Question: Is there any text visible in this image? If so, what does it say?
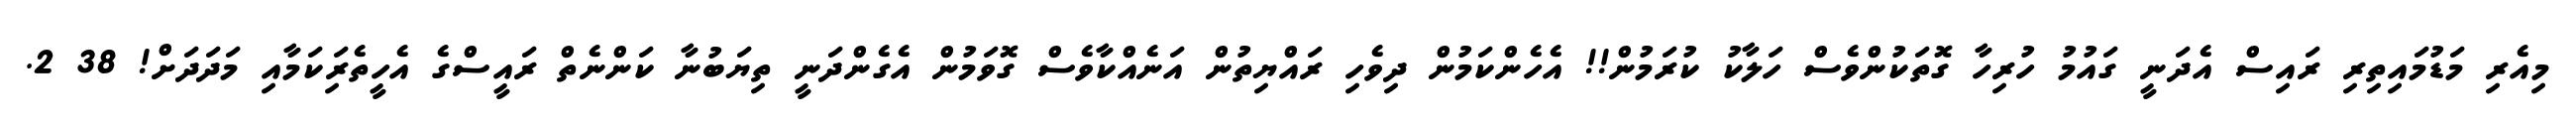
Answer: މިއެރި މަޑުމައިތިރި ރައިސް އެދަނީ ގައުމު ހުރިހާ ގޮތަކުންވެސް ހަލާކު ކުރަމުން!! އެހެންކަމުން ދިވެހި ރައްޔިތުން އަނެއްކާވެސް ގޮވަމުން އެގެންދަނީ ތިޔަބުނާ ކަންނެތް ރައީސްގެ އެހީތެރިަކަމާއި މަދަދަށް! 38 2.